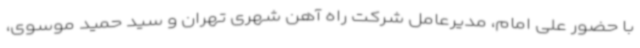
با حضور علی امام، مدیرعامل شرکت راه آهن شهری تهران و سید حمید موسوی،